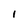
Character: I